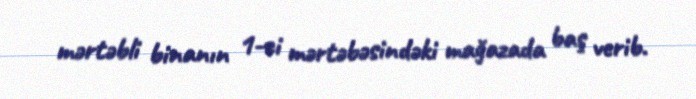
mərtəbli binanın 1-ci mərtəbəsindəki mağazada baş verib.